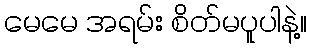
မေမေ အရမ်း စိတ်မပူပါနဲ့။